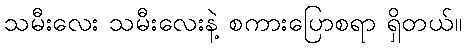
သမီးလေး သမီးလေးနဲ့ စကားပြောစရာ ရှိတယ်။